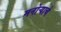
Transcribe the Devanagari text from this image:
मनोऱ्याचे